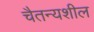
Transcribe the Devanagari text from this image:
चैतन्यशील